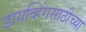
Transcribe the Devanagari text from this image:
डायव्हिंगसाठीच्या